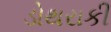
ડોથરાકી